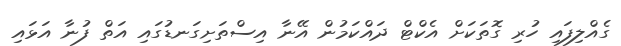
ގެއްލިފައި ހުރި ގޮތަކަށް އެކްޓް ދައްކަމުން އޭނާ އިސްތަށިގަނޑުގައި އަތް ފުނާ އަޅައި